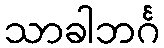
သာခါဘင်္ဂ